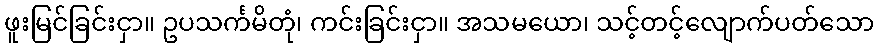
ဖူးမြင်ခြင်းငှာ။ ဥပသင်္ကမိတုံ၊ ကင်းခြင်းငှာ။ အသမယော၊ သင့်တင့်လျောက်ပတ်သော